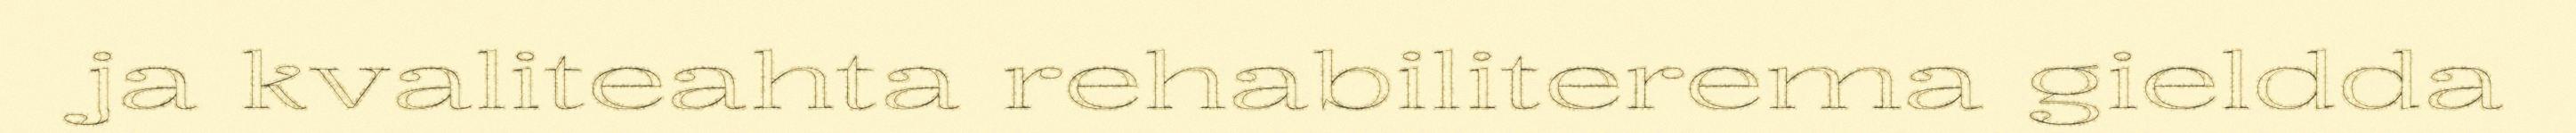
ja kvaliteahta rehabiliterema gieldda